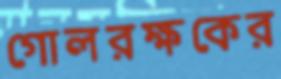
গোলরক্ষকের